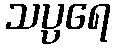
သပ္ပရေ